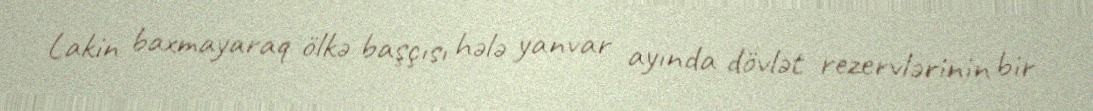
Lakin baxmayaraq ölkə başçısı hələ yanvar ayında dövlət rezervlərinin bir